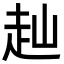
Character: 赸